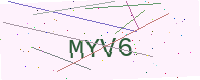
Text: MYV6